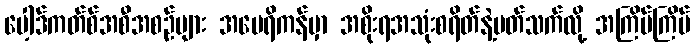
ပေါ့ဒ်ကတ်စ်အစီအစဉ်များ အမေရိကန်မှာ အစိုးရအသုံးစရိတ်နဲ့ပတ်သက်လို့ အကြိမ်ကြိမ်